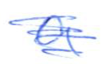
Text: a
Cross-out: scratch
Writing tool: ballpoint